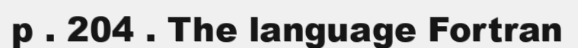
p . 204 . The language Fortran